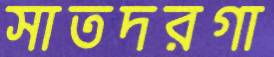
সাতদরগা